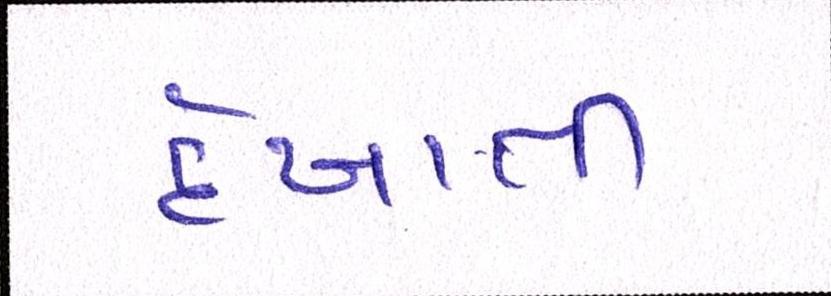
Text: દેખાતી